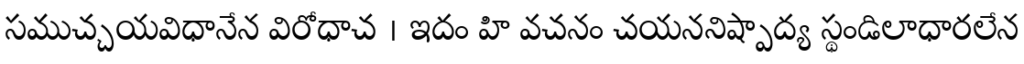
సముచ్చయవిధానేన విరోధాచ । ఇదం హి వచనం చయననిష్పాద్య స్థండిలాధారలేన